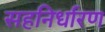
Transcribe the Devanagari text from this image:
सहनिर्धारण